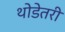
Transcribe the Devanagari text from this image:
थोडेतरी